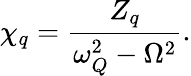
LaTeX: \chi_{q}=\frac{Z_{q}}{\omega_{Q}^{2}-\Omega^{2}}.